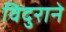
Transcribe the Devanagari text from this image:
विदुराने